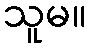
သူမ။